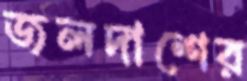
জলদাশের